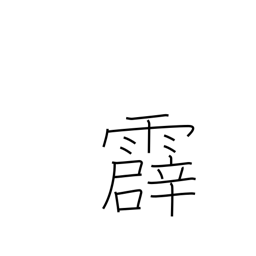
Meaning: thunder